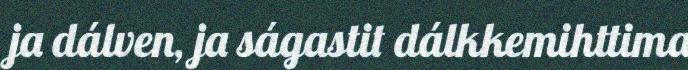
ja dálven, ja ságastit dálkkemihttima